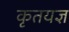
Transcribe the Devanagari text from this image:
कृतयज्ञ